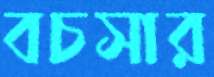
বচসার